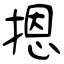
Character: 摁